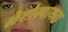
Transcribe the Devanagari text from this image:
लेप्टोस्पायरा